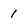
Character: 1